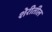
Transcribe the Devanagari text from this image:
शेरीतील